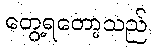
တွေ့ရတော့သည်